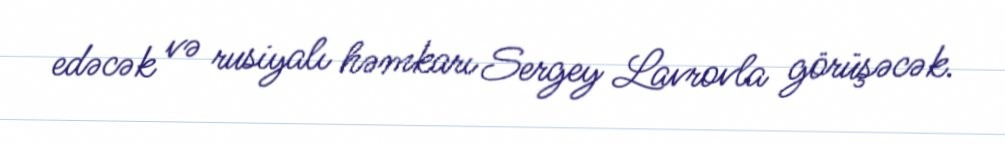
edəcək və rusiyalı həmkarı Sergey Lavrovla görüşəcək.